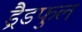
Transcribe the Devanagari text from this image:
ड्रैडफुल